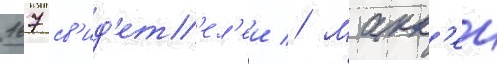
167 св'ид'ет'ел'еи // Макк'еи